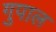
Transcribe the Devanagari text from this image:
गुपाल